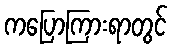
ကပြောကြားရာတွင်